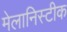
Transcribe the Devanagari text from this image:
मेलानिस्टीक